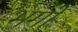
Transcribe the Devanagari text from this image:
भगों